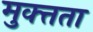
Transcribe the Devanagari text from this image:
मुक्त्तता